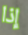
إذا